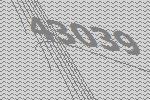
43039